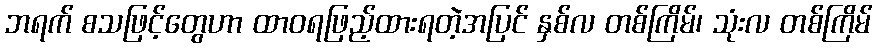
ဘရက် စသဖြင့်တွေဟာ ထာဝရဖြည့်ထားရတဲ့အပြင် နှစ်လ တစ်ကြိမ်၊ သုံးလ တစ်ကြိမ်